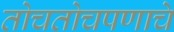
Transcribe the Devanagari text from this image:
तोचतोचपणाचे